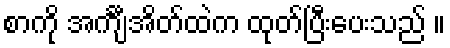
စာကို အင်္ကျီအိတ်ထဲက ထုတ်ပြီးပေးသည် ။